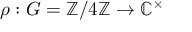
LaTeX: \rho : G = \mathbb { Z } / 4 \mathbb { Z } \to \mathbb { C } ^ { \times }